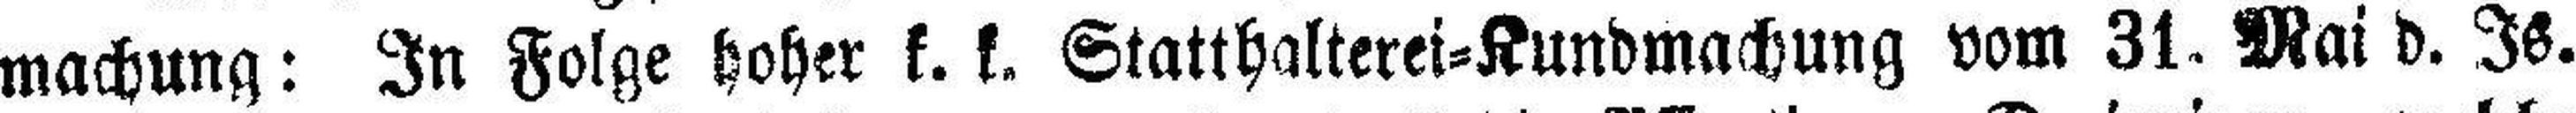
machung : In Folge hoher k. k. Statthalterei=Kundmachung vom 31. Mai d. Is.